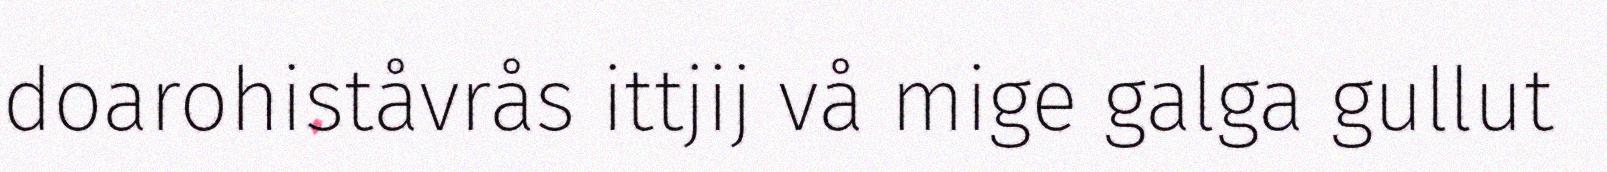
doarohiståvrås ittjij vå mige galga gullut